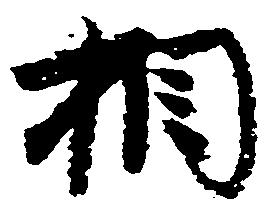
相